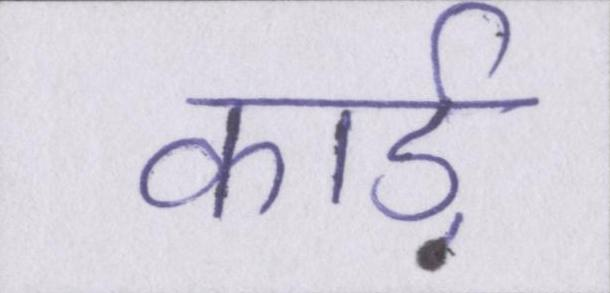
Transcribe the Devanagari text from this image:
कार्ड़